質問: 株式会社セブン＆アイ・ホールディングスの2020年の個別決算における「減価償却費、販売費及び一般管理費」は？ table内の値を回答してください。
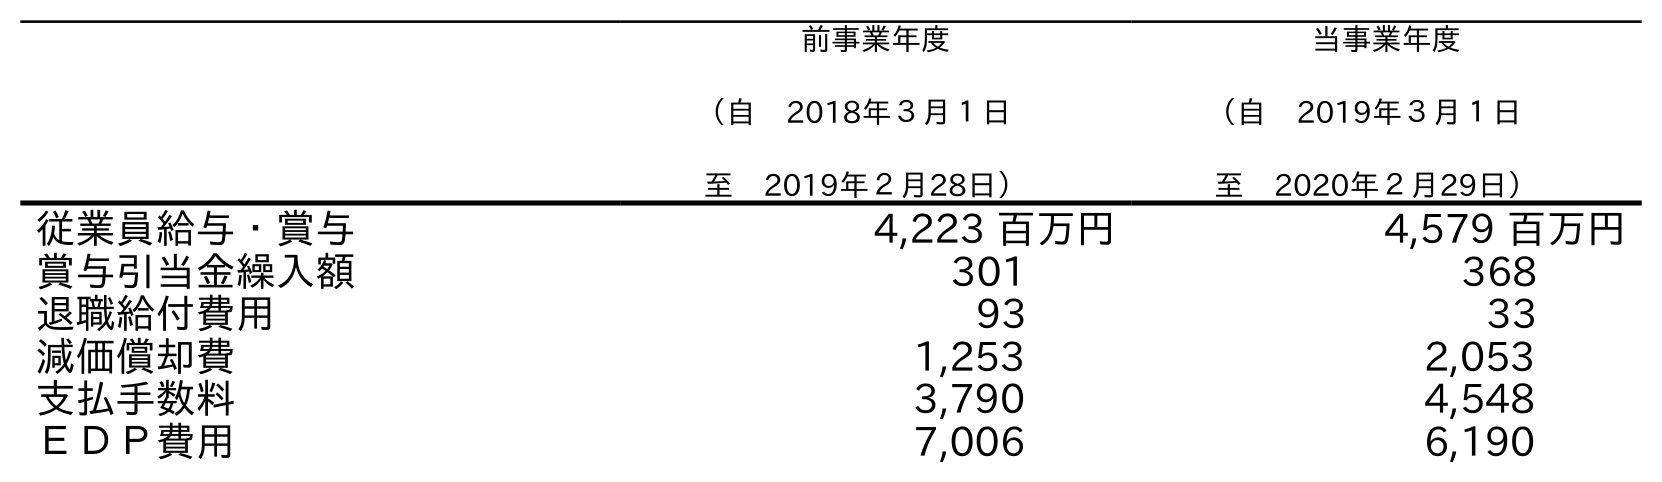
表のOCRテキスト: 前事業年度 （自 2018年３月１日 至 2019年２月28日） 当事業年度 （自 2019年３月１日 至 2020年２月29日） 従業員給与・賞与 4,223 百万円 4,579 百万円 賞与引当金繰入額 301 368 退職給付費用 93 33 減価償却費 1,253 2,053 支払手数料 3,790 4,548 ＥＤＰ費用 7,006 6,190
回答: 2,053